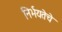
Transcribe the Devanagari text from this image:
निर्भयतेचे